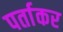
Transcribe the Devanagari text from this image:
पर्ताकर